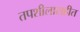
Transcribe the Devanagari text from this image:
तपशीलासहीत